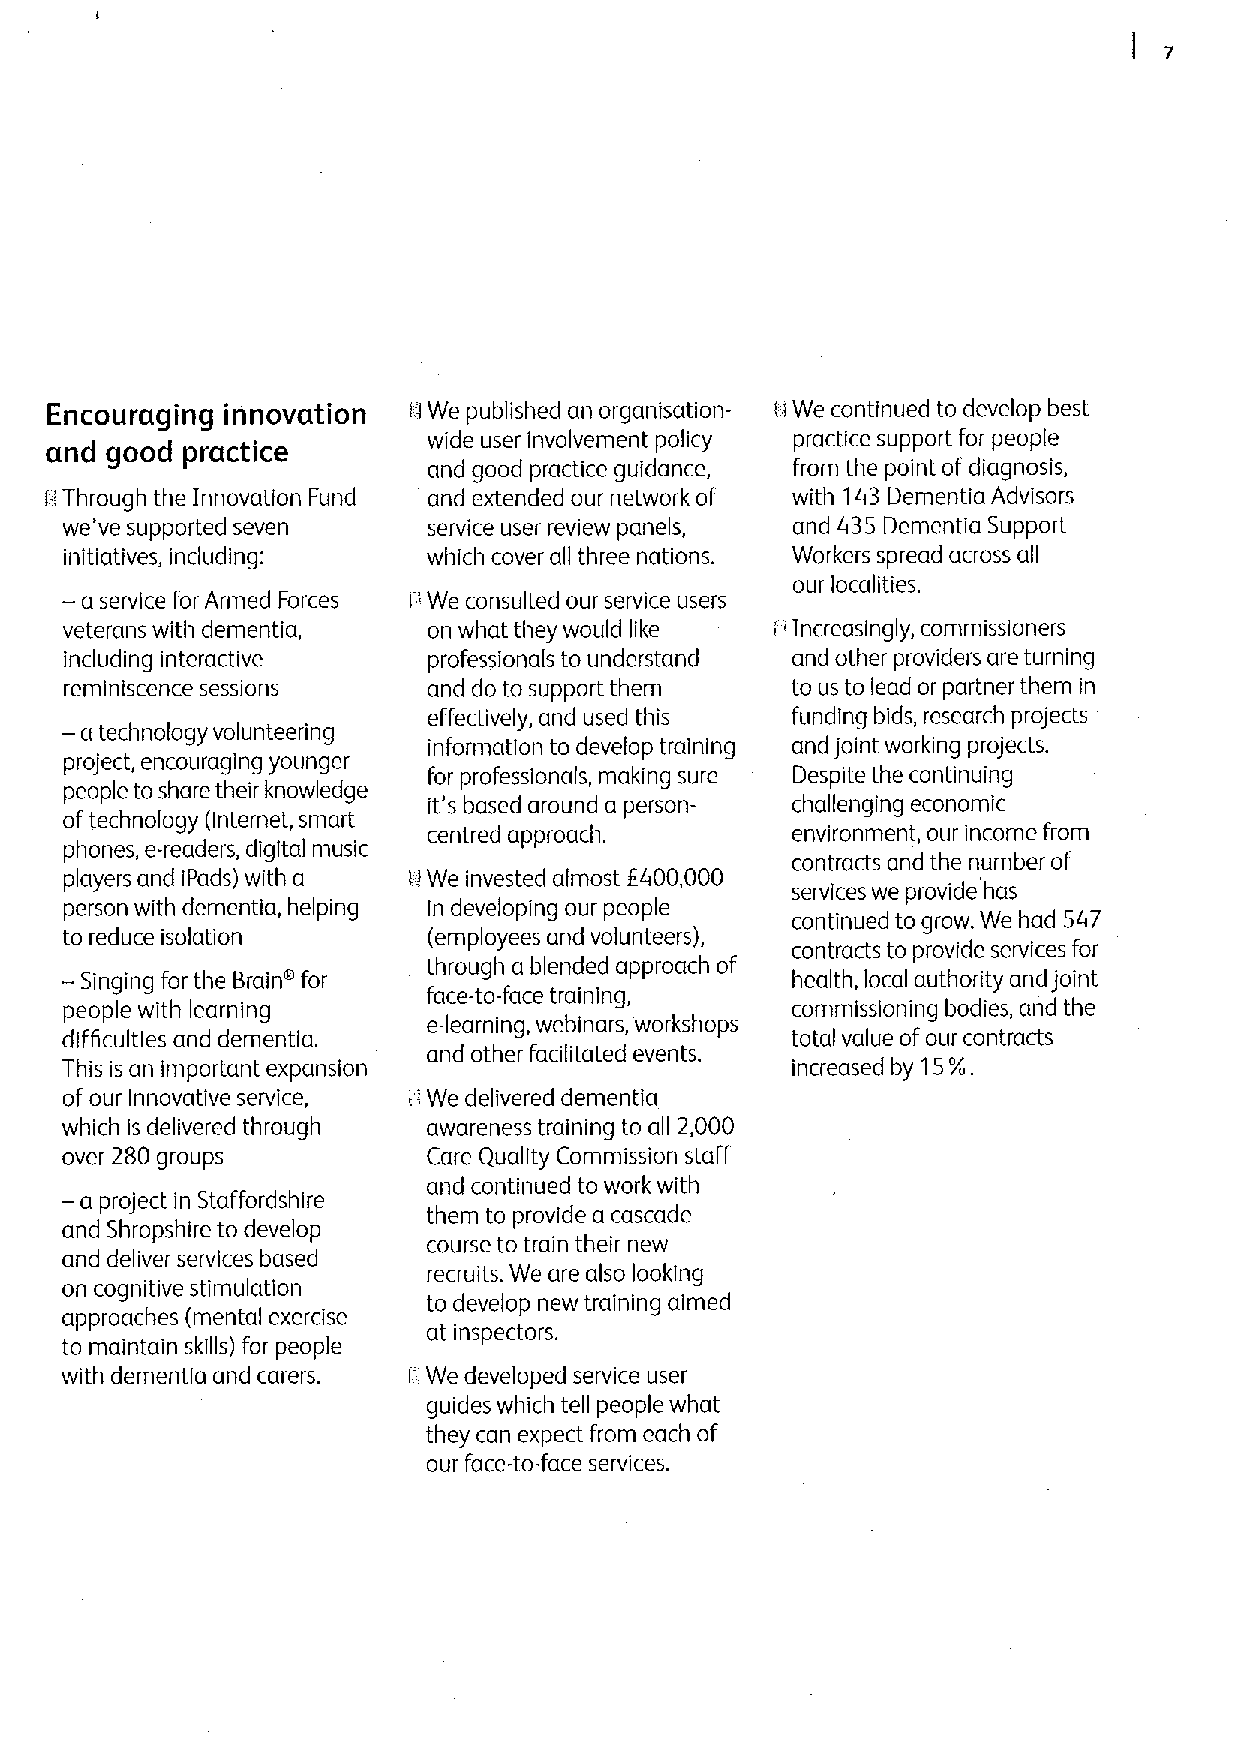
Encouraging innovation  0We published an organisation- i i We continued to develop best
 wide user involvement policy practice support for people
 and good practice
 and good practice guidance, from the point ofdiagnosis,
 ii Through the Innovation Fund and extended our network of with 143Dementia Advisors
 ,
 we' ve supported seven  service user review panels, and 43S Dementia Support
 initiatives, including: which cover all three nations. Workers spread across all
 our localities.
 — a service for Armed Forces I'We consulted our service users "
 veterans with dementia, on what they would like Increasingly, commissioners
 including interactive   professionals to understand and other providers are turning
 reminiscence sessions   and do to support them  to us to lead or partner them in
 —                       effectively, and used this funding bids, research projects
 a technology volunteering
 information to develop training and joint working projects.
 project, encouraging younger
 for professionals, making sure Despite the continuing
 people to share their knowledge
 it's based around a person- challenging economic
 oftechnology (internet, smart
 centred approach.       environment, our income from
 phones, e-readers, digital music
 contracts and the number of
 players and )pads) with a iIWe invested almost 6400,000
 services we provide has
 person with dementia, helping ln developing our people
 continued to grow. We had S47
 to reduce isolation     (employees and volunteers),
 contracts to provide services for
 — Singing for the Brain for through a blended approach of health, local authority and joint
 face-to-face training,
 people with learning                            commissioning bodies, and the
 e-learning, webinars, workshops
 difficultie and dementia.                       total value ofour contracts
 and other facilitated events.
 This is an important expansion                  increased by 15%,
 of our Innovative service, ! iWe delivered dementia
 which is delivered through awareness training to all 2,000
 over 280 groups         Care Quality Commission staff
 —a
 project in Staffordshire
 and continued to work with
 them to provide a cascade
 and Shropshire to develop
 course to train their new
 and deliver services based
 recruits. We are also looking
 on cognitive stimulation
 to develop new training aimed
 approaches (mental exercise
 at inspectors.
 to maintain skills) for people
 with dementia and carers. il We developed service user
 guides which tell people what
 they can expect from each of
 our face-to-face services.